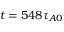
t = 5 4 8 \tau _ { A 0 }